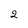
Character: 2